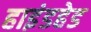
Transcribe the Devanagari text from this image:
हाइंडहेड